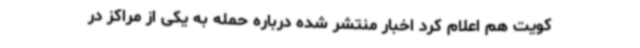
کویت هم اعلام کرد اخبار منتشر شده درباره حمله به یکی از مراکز در